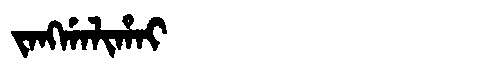
Manchu: ᠵᠠᠩᡤᠠᠯᡳᡥᠠᡳ
Romanization: JANGGALIHAI